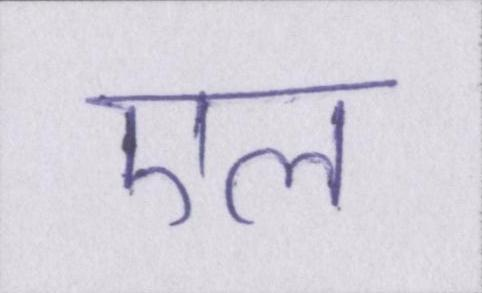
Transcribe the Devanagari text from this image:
एल